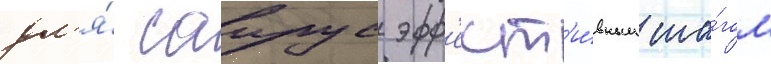
дл'я́ саирус эфф'ект'и́вным ша́гом